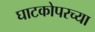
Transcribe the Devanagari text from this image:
घाटकोपरच्या